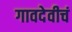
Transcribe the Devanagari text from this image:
गावदेवीचं